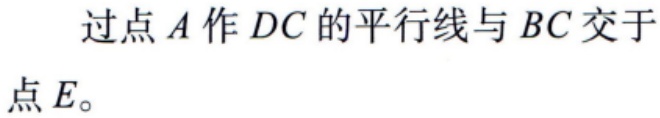
过点\(A\)作\(DC\)的平行线与\(BC\)交于点\(E\)。